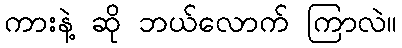
ကားနဲ့ ဆို ဘယ်လောက် ကြာလဲ။